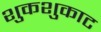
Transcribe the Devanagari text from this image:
शुकशुकाट